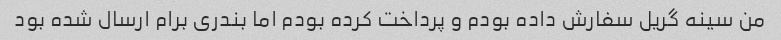
من سینه گریل سفارش داده بودم و پرداخت کرده بودم اما بندری برام ارسال شده بود